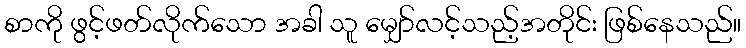
စာကို ဖွင့်ဖတ်လိုက်သော အခါ သူ မျှော်လင့်သည့်အတိုင်း ဖြစ်နေသည်။